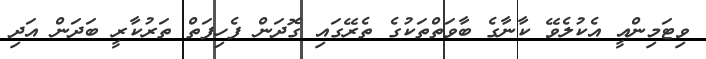
ވިޓަމިންއީ އެކުލެވޭ ކާނާގެ ބާވަތްތަކުގެ ތެރޭގައި ގޮދަން ފެހިފަތް ތަރުކާރީ ބަދަން އަދި